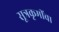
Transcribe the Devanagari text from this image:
सूत्रकृमींचा